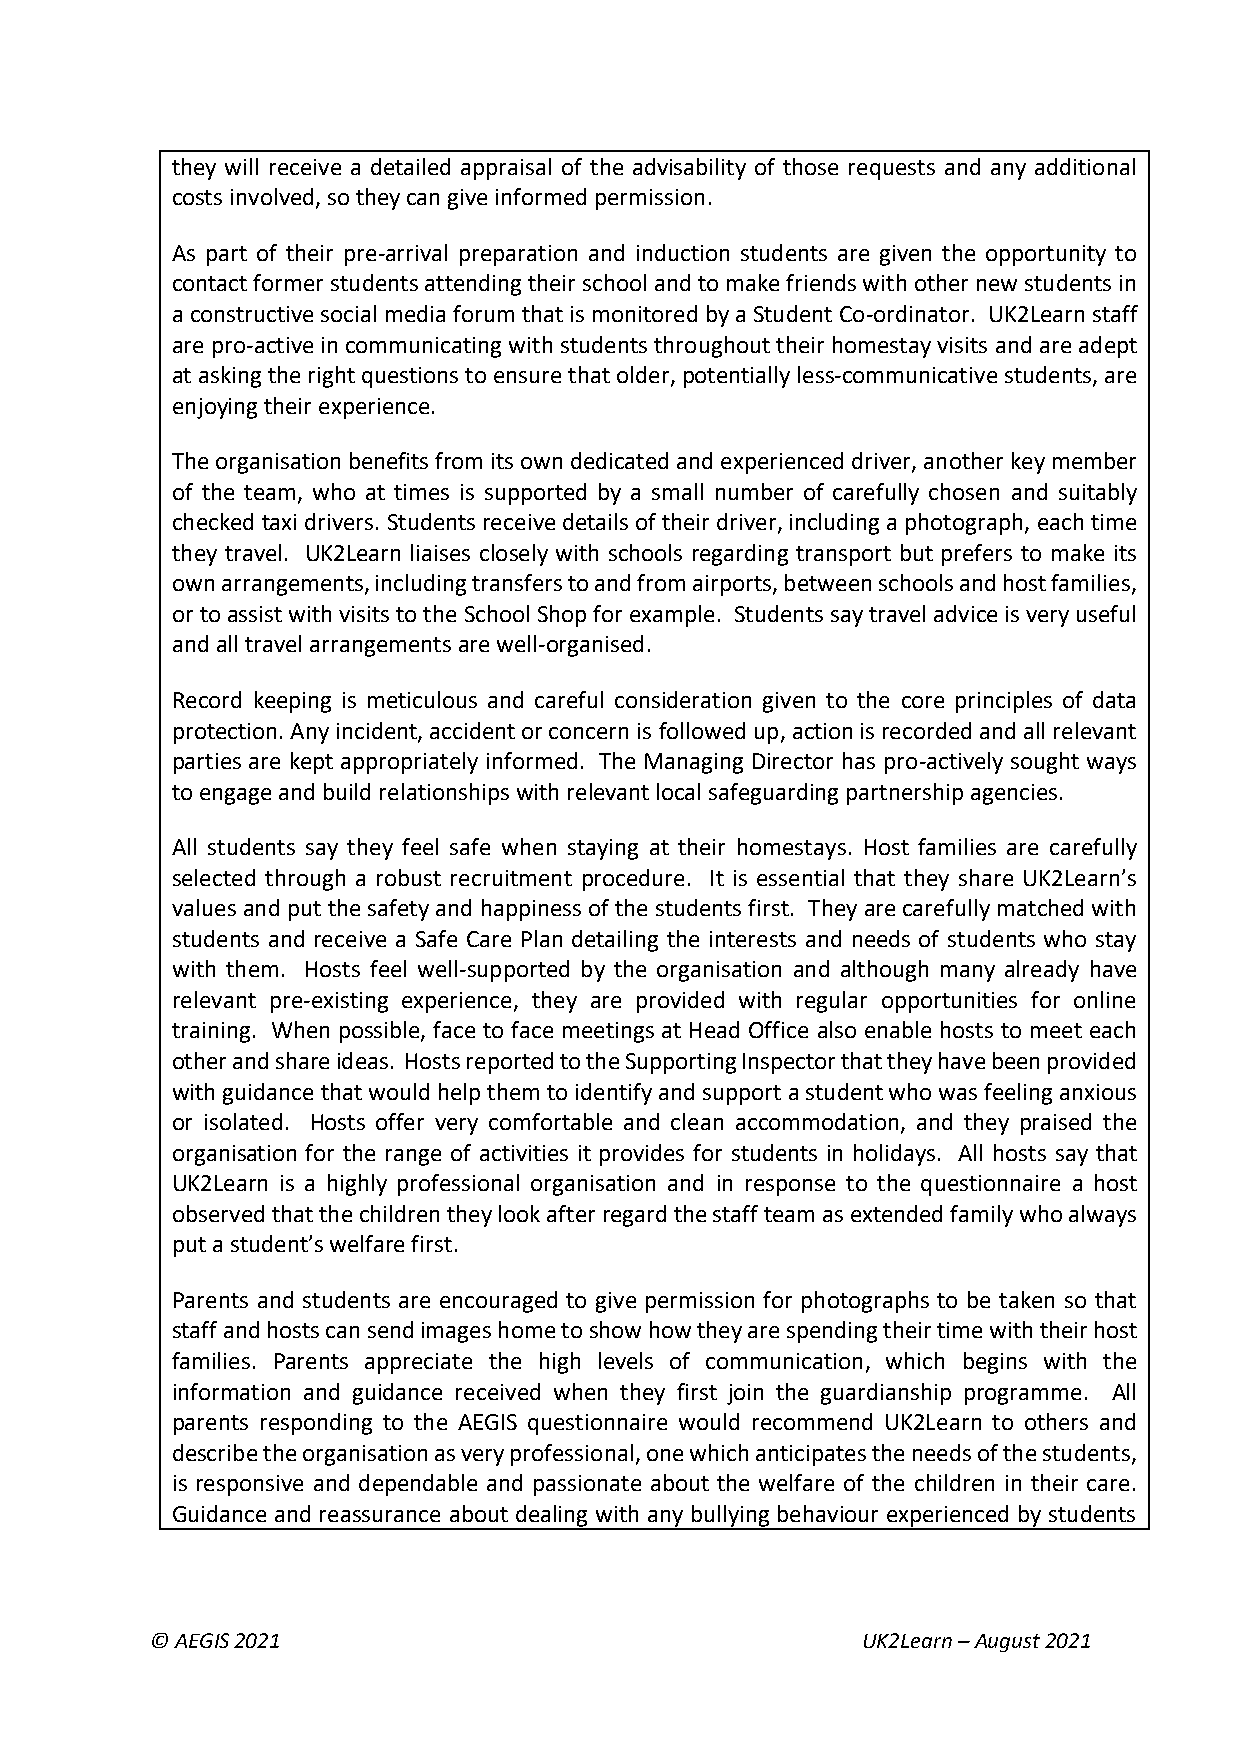
they will receive a detailed appraisal of the advisability of those requests and any additional
 costs involved, so they can give informed permission.
 As part of their pre-arrival preparation and induction students are given the opportunity to
 contact former students attending their school and to make friends with other new students in
 a constructive social media forum that is monitored by a Student Co-ordinator. UK2Learn staff
 are pro-active in communicating with students throughout their homestay visits and are adept
 at asking the right questions to ensure that older, potentially less-communicative students, are
 enjoying their experience.
 The organisation benefits from its own dedicated and experienced driver, another key member
 of the team, who at times is supported by a small number of carefully chosen and suitably
 checked taxi drivers. Students receive details of their driver, including a photograph, each time
 they travel. UK2Learn liaises closely with schools regarding transport but prefers to make its
 own arrangements, including transfers to and from airports, between schools and host families,
 or to assist with visits to the School Shop for example. Students say travel advice is very useful
 and all travel arrangements are well-organised.
 Record keeping is meticulous and careful consideration given to the core principles of data
 protection. Any incident, accident or concern is followed up, action is recorded and all relevant
 parties are kept appropriately informed. The Managing Director has pro-actively sought ways
 to engage and build relationships with relevant local safeguarding partnership agencies.
 All students say they feel safe when staying at their homestays. Host families are carefully
 selected through a robust recruitment procedure. It is essential that they share UK2Learn’s
 values and put the safety and happiness of the students first. They are carefully matched with
 students and receive a Safe Care Plan detailing the interests and needs of students who stay
 with them. Hosts feel well-supported by the organisation and although many already have
 relevant pre-existing experience, they are provided with regular opportunities for online
 training. When possible, face to face meetings at Head Office also enable hosts to meet each
 other and share ideas. Hosts reported to the Supporting Inspector that they have been provided
 with guidance that would help them to identify and support a student who was feeling anxious
 or isolated. Hosts offer very comfortable and clean accommodation, and they praised the
 organisation for the range of activities it provides for students in holidays. All hosts say that
 UK2Learn is a highly professional organisation and in response to the questionnaire a host
 observed that the children they look after regard the staff team as extended family who always
 put a student’s welfare first.
 Parents and students are encouraged to give permission for photographs to be taken so that
 staff and hosts can send images home to show how they are spending their time with their host
 families. Parents appreciate the high levels of communication, which begins with the
 information and guidance received when they first join the guardianship programme. All
 parents responding to the AEGIS questionnaire would recommend UK2Learn to others and
 describe the organisation as very professional, one which anticipates the needs of the students,
 is responsive and dependable and passionate about the welfare of the children in their care.
 Guidance and reassurance about dealing with any bullying behaviour experienced by students
 © AEGIS 2021                                   UK2Learn – August 2021